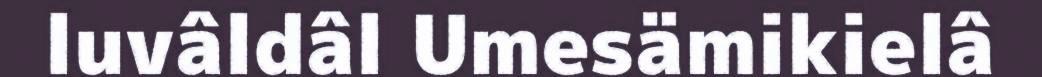
luvâldâl Umesämikielâ